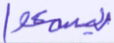
يسمعوا